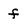
Character: f